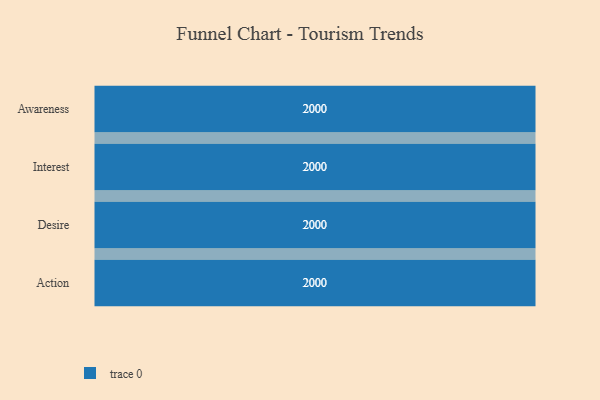
{"axis": {"x": "Stage", "y": "Value"}, "legend": [""], "data": [{"x": "Awareness", "y": 2000, "type": ""}, {"x": "Interest", "y": 2000, "type": ""}, {"x": "Desire", "y": 2000, "type": ""}, {"x": "Action", "y": 2000, "type": ""}]}